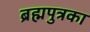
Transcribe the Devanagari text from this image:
ब्रह्मपुत्रका